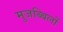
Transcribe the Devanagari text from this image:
मुजब्बिलों